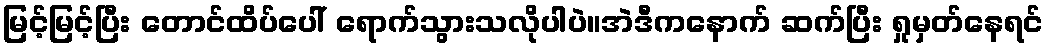
မြင့်မြင့်ပြီး တောင်ထိပ်ပေါ် ရောက်သွားသလိုပါပဲ။အဲဒီကနောက် ဆက်ပြီး ရှုမှတ်နေရင်